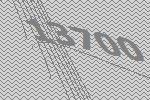
13700